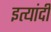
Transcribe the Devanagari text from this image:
इत्यांदी